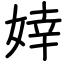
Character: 婞